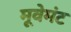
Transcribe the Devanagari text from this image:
मूवेमंट